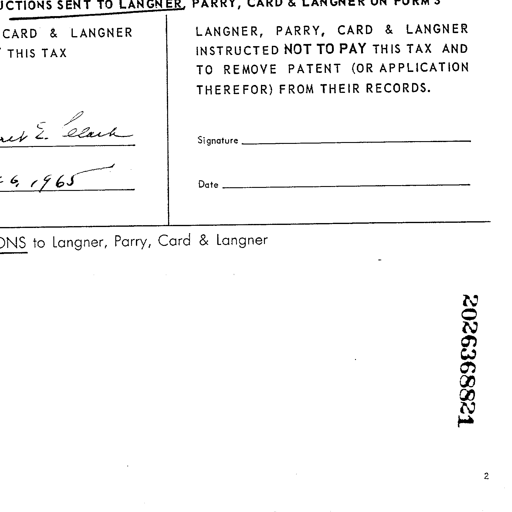
UCTIONS SENT TO LANGNER, PARRY, CARD & LANGNER ON FORM 3
CARD & LANGNER	LANGNER, PARRY, CARD & LANGNER
THIS TAX	INSTRUCTED NOT TO PAY THIS TAX AND
TO REMOVE PATENT (OR APPLICATION
THEREFOR) FROM THEIR RECORDS.
E. Clark	Signature
6, 1965	Date
ONS to Langner, Parry, Card & Langner
2026368821
2